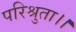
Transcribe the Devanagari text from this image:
परिश्रुता।।